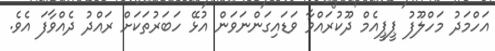
އަހްމަދު މަހްލޫފު ޕީޕީއެމް ދޫކުރައްވާ ވަޑައިގަންނަވަން އުޅޭ ހަބަރުތަކަށް ރައްދު ދެއްވާފަ އެވެ.